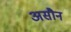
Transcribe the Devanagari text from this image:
असौन